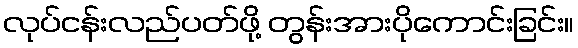
လုပ်ငန်းလည်ပတ်ဖို့ တွန်းအားပိုကောင်းခြင်း။